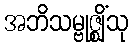
အဘိသမ္ဗုဇ္ဈိံသု